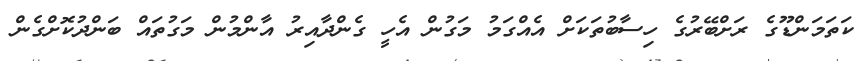
ކަތަމަންޑޫގެ ރަށްބޭރުގެ ހިސާބުތަކަށް އެއްގަމު މަގުން އެހީ ގެންދާއިރު އާންމުން މަގުތައް ބަންދުކޮށްގެން